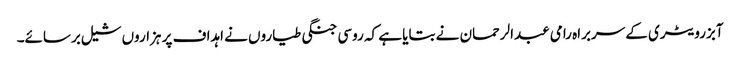
آبزرویٹری کے سربراہ رامی عبدالرحمان نے بتایا ہے کہ روسی جنگی طیاروں نے اہداف پر ہزاروں شیل برسائے۔